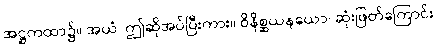
အဋ္ဌကထာ၌။ အယံ၊ ဤဆိုအပ်ပြီးကား။ ဝိနိစ္ဆယနယော၊ ဆုံးဖြတ်ကြောင်း